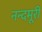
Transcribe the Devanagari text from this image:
नन्दमूरी